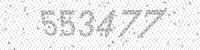
Solution: 553477